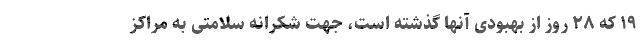
۱۹ که ۲۸ روز از بهبودی آنها گذشته است، جهت شکرانه سلامتی به مراکز